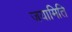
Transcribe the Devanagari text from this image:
जयामिति